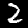
Label: 2